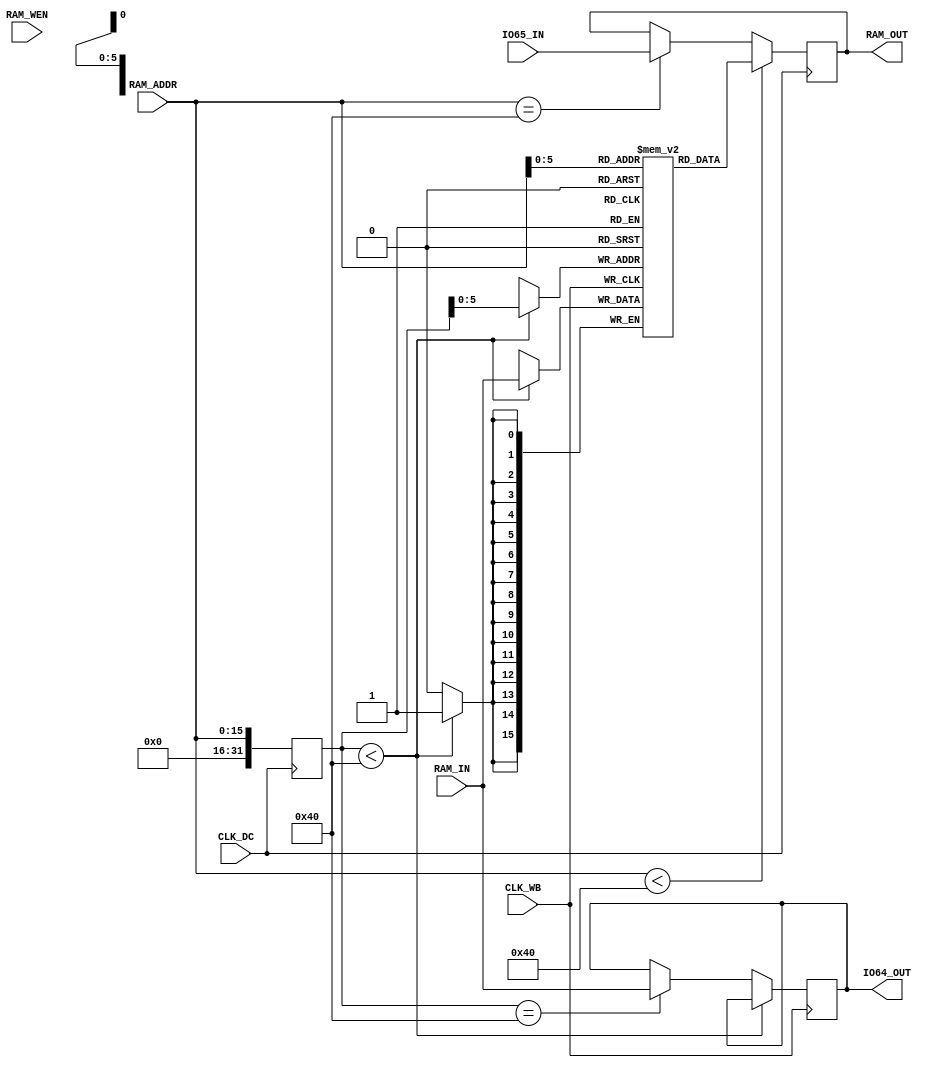
module ram_dc_wb(CLK_DC,
                 CLK_WB,
                 RAM_ADDR,
                 RAM_IN,
                 IO65_IN,
                 RAM_WEN,
                 RAM_OUT,
                 IO64_OUT
);
    input           CLK_DC;
    input           CLK_WB;
    input   [15:0]  RAM_ADDR;
    input   [15:0]  RAM_IN;
    input   [15:0]  IO65_IN;
    input           RAM_WEN;
    output  [15:0]  RAM_OUT;
    output  [15:0]  IO64_OUT;

    reg     [15:0]  RAM_OUT;
    reg     [15:0]  IO64_OUT;

    reg     [15:0]  RAM_ARRAY[63:0];
    integer         ADDR_INT;


    // RAM_ARRAY
    always @(posedge CLK_DC) begin
        ADDR_INT = RAM_ADDR;
        if (ADDR_INT < 64)
            RAM_OUT <= RAM_ARRAY[RAM_ADDR];
        else if (ADDR_INT == 64)
            RAM_OUT <= IO65_IN;
    end

    // RAM_ARRAY
    always @(posedge CLK_WB) begin
        if (ADDR_INT < 64)
            RAM_ARRAY[ADDR_INT] <= RAM_IN;
        else if (ADDR_INT == 64)
            IO64_OUT <= RAM_IN;
    end

endmodule